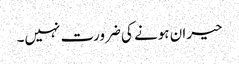
حیران ہونے کی ضرورت نہیں۔